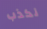
نكذب